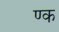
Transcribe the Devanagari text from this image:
ण्क